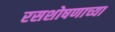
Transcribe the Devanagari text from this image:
रसशोषणाच्या